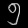
Digit: ၅